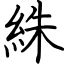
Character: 絑